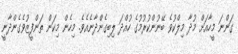
ގަންނަ މީހާއަށް މުދާ މިލްކުވެ ބޭނުންކުރުމުގެ ހުއްދަ ލިބިގެންދާނެއެވެ. މިހެން މިކަން ތަންފީޒުވެގެންދާނީ